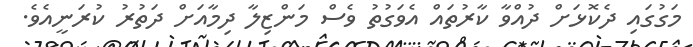
މަގުގައި ދެކޮޅަށް ދުއްވާ ކާރުތައް އެވަގުތު ވެސް މަންޒިލާ ދިމާއަށް ދަތުރު ކުރަނީއެވެ.